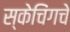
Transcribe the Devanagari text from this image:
स्केचिंगचे